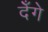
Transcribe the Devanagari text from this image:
देँगे